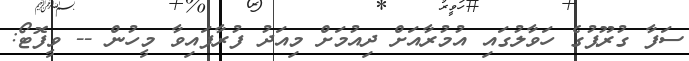
ސަފާ ގުރޫޕުގެ ހަވާލުގައި އުމުރާއަށް ދިއުމަށް މިއަދު ފުރާފައިވާ މީހުން -- ވީފޮޓޯ: